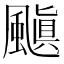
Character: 𮨰